Lunatic asylums Central Provinces reports 1874-1885 - 1874-1885
Year: 1874
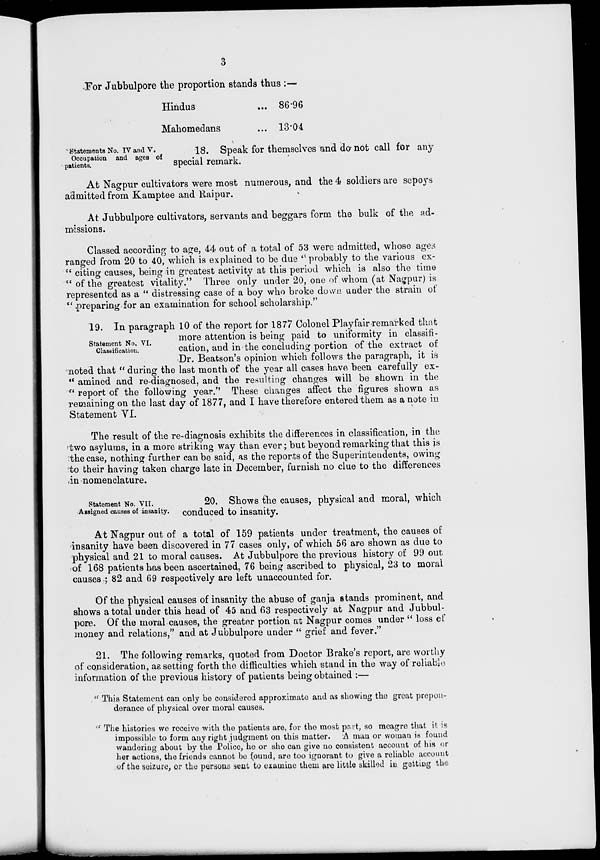
3
For Jubbulpore the proportion stands thus :—
Hindus ...
Mahomedans ...
86.96
13.04
statements No. IV and V.
Occupation and ages of
patients.
18. Speak for themselves and do not call for any
special remark.
At Nagpur cultivators were most numerous, and the 4 soldiers are sepoys
admitted from Kamptee and Raipur.
At Jubbulpore cultivators, servants and beggars form the bulk of the ad-
missions.
Classed according to age, 44 out of a total of 53 were admitted, whose ages
ranged from 20 to 40, which is explained to be due " probably to the various ex¬
" citing causes, being in greatest activity at this period which is also the time
" of the greatest vitality." Three only under 20, one of whom (at Nagpur) is
represented as a " distressing case of a boy who broke down under the strain of
" preparing for an examination for school scholarship."
Statement No, VI.
Classification,
19. In paragraph 10 of the report for 1877 Colonel Playfair remarked that
more attention is being paid to uniformity in classifi-
cation, and in the concluding portion of the extract of
Dr. Beatson's opinion which follows the paragraph, it is
noted that " during the last month of the year all cases have been carefully ex¬
'' amined and re-diagnosed, and the resulting changes will be shown in the
" report of the following year." These changes affect the figures shown as
remaining on the last day of 1877, and I have therefore entered them as a note in
Statement VI.
The result of the re-diagnosis exhibits the differences in classification, in the
two asylums, in a more striking way than ever; but beyond remarking that this is
the case, nothing further can be said, as the reports of the Superintendents, owing
to their having taken charge late in December, furnish no clue to the differences
in nomenclature.
Statement No. VII.
Assigned causes of insanity.
20. Shows the causes, physical and moral, which
conduced to insanity.
At Nagpur out of a total of 159 patients under treatment, the causes of
insanity have been discovered in 77 cases only, of which 56 are shown as due to
physical and 21 to moral causes. At Jubbulpore the previous history of 99 out
of 168 patients has been ascertained, 76 being ascribed to physical, 23 to moral
causes ; 82 and 69 respectively are left unaccounted for.
Of the physical causes of insanity the abuse of ganja stands prominent, and
shows a total under this head of 45 and 63 respectively at Nagpur and Jubbul-
pore. Of the moral causes, the greater portion at Nagpur comes under " loss of
money and relations," and at Jubbulpore under " grief and fever."
21. The following remarks, quoted from Doctor Brake's report, are worthy
of consideration, as setting forth the difficulties which stand in the way of reliable
information of the previous history of patients being obtained :—
" This Statement can only be considered approximate and as showing the great prepon-
derance of physical over moral causes.
" The histories we receive with the patients are, for the most part, so meagre that it is
impossible to form any right judgment on this matter. A man or woman is found
wandering about by the Police, he or she can give no consistent account of his or
her actions, the friends cannot be found, are too ignorant to give a reliable account
of the seizure, or the persons sent to examine them are little skilled in getting the